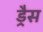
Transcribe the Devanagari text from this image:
ड्रैस